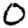
Digit: 0